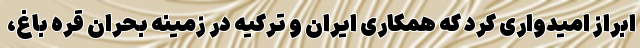
ابراز امیدواری کرد که همکاری ایران و ترکیه در زمینه بحران قره باغ،